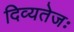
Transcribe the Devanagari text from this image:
दिव्यतेजः